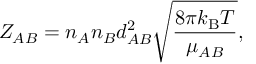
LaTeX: Z _ { A B } = n _ { A } n _ { B } d _ { A B } ^ { 2 } { \sqrt { \frac { 8 \pi k _ { \mathrm { { B } } } T } { \mu _ { A B } } } } ,